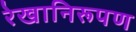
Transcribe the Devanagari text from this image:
रेखानिरूपण